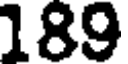
189